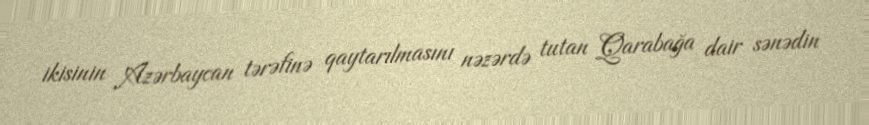
ikisinin Azərbaycan tərəfinə qaytarılmasını nəzərdə tutan Qarabağa dair sənədin